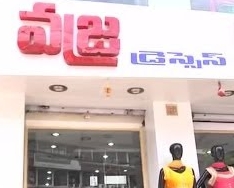
Language: telugu
Transcription: డ్రెస్సె స్ వజ్ర